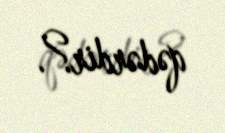
qədərdir?.